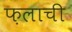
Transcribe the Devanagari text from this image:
फ़लाची